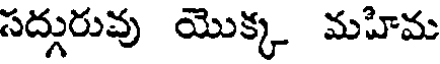
సద్గురువు యొక్క మహిమ